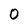
Character: O